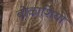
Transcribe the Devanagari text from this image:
बोकाशियो